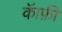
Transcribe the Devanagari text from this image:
कॅाफ़ी